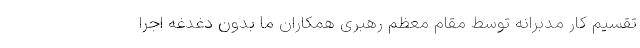
تقسیم کار مدبرانه توسط مقام معظم رهبری همکاران ما بدون دغدغه اجرا